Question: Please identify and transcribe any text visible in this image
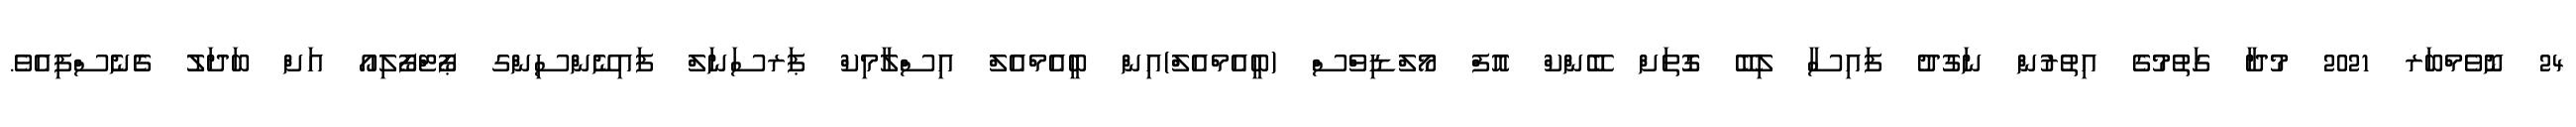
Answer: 24 ނޮވެމްބަރ 2021 މުދާ ގަތުމުގެ އިތުރުން ނަގުދު ފައިސާ ލިބޭ ގޮތަށް ބޭންކް އޮފް މޯލްޑިވްސް (ބީއެމްއެލްް)އިން ބީއެމްއެލް އިސްލާމިކް ޕަރސަނަލް ފައިނޭންސިންގ ޕޯޓްފޯލިއޯ އަށް ބަދަލު ގެެނެސްފިއެވެ.